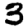
Digit: 3